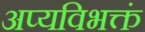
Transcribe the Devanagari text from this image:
अप्यविभक्तं